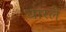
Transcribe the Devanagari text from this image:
धारले